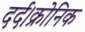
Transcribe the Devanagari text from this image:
दर्द।क्रोनिक